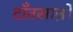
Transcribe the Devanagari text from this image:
दाँतसाज़ों